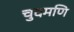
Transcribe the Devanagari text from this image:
चुदमणि